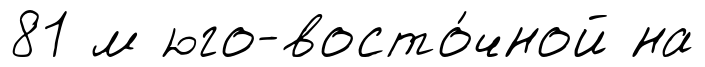
81 м юго-восто́чной на